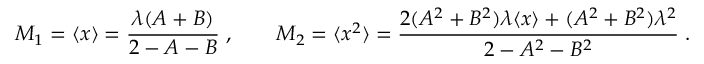
M _ { 1 } = \langle x \rangle = { \frac { \lambda ( A + B ) } { 2 - A - B } } \; , \qquad M _ { 2 } = \langle x ^ { 2 } \rangle = { \frac { 2 ( A ^ { 2 } + B ^ { 2 } ) \lambda \langle x \rangle + ( A ^ { 2 } + B ^ { 2 } ) \lambda ^ { 2 } } { 2 - A ^ { 2 } - B ^ { 2 } } } \; .